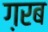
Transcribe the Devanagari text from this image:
ग़रब